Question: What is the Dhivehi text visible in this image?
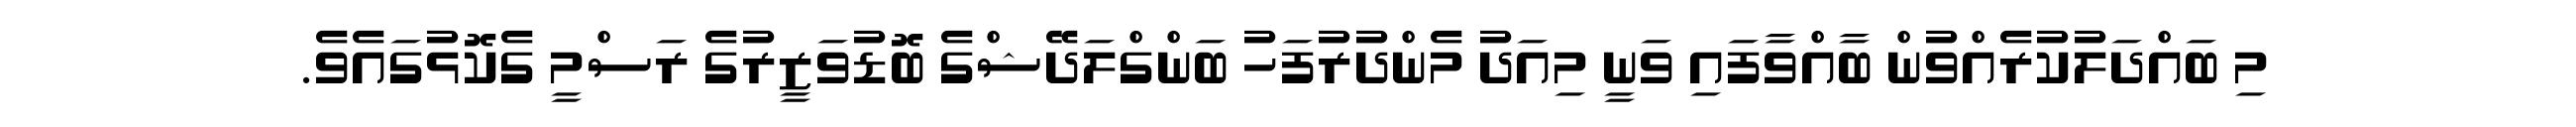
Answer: މި ބައްދަލުކުރެއްވުން ބާއްވާފައި ވަނީ މިއަދު މެންދުރުފަހު ބަންގްލަދޭޝްގެ ބޮޑުވަޒީރުގެ ރަސްމީ ގެކޮޅުގައެވެ.